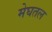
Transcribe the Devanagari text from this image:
मेघतल